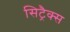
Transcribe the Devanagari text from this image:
सिट्रैक्स